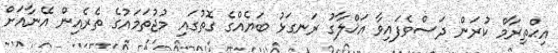
އިޙްތިރާމް ކުރަން ދަސްވެފައިވާ އަޚްލާގު ރަނގަޅު ބަޔެއްގެ ގޮތުގައި މުޖުތަމައުގެ ތެރެއިން އޭނާއަށް